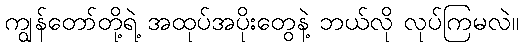
ကျွန်တော်တို့ရဲ့ အထုပ်အပိုးတွေနဲ့ ဘယ်လို လုပ်ကြမလဲ။